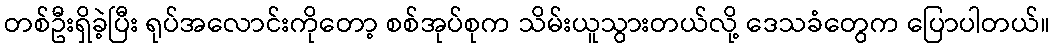
တစ်ဦးရှိခဲ့ပြီး ရုပ်အလောင်းကိုတော့ စစ်အုပ်စုက သိမ်းယူသွားတယ်လို့ ဒေသခံတွေက ပြောပါတယ်။